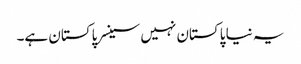
یہ نیا پاکستان نہیں سینسر پاکستان ہے۔